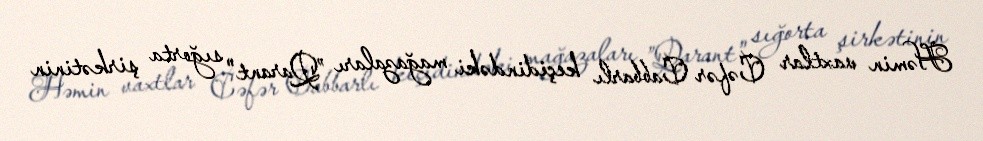
Həmin vaxtlar Cəfər Cabbarlı keçidindəki mağazaları ”Qarant" sığorta şirkətinin